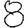
Digit: 8